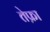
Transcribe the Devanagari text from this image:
तेफ्रा